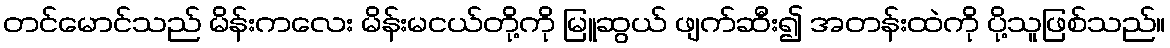
တင်မောင်သည် မိန်းကလေး မိန်းမငယ်တို့ကို မြူဆွယ် ဖျက်ဆီး၍ အတန်းထဲကို ပို့သူဖြစ်သည်။